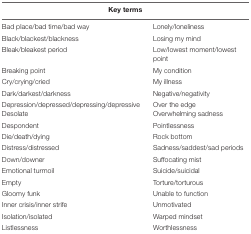
<table><thead><tr><td colspan="2"><b>Key terms</b></td></tr></thead><tbody><tr><td>Bad place/bad time/bad way</td><td>Lonely/loneliness</td></tr><tr><td>Black/blackest/blackness</td><td>Losing my mind</td></tr><tr><td>Bleak/bleakest period</td><td>Low/lowest moment/lowest point</td></tr><tr><td>Breaking point</td><td>My condition</td></tr><tr><td>Cry/crying/cried</td><td>My illness</td></tr><tr><td>Dark/darkest/darkness</td><td>Negative/negativity</td></tr><tr><td>Depression/depressed/depressing/depressive Desolate</td><td>Over the edge Overwhelming sadness</td></tr><tr><td>Despondent</td><td>Pointlessness</td></tr><tr><td>Die/death/dying</td><td>Rock bottom</td></tr><tr><td>Distress/distressed</td><td>Sadness/saddest/sad periods</td></tr><tr><td>Down/downer</td><td>Suffocating mist</td></tr><tr><td>Emotional turmoil</td><td>Suicide/suicidal</td></tr><tr><td>Empty</td><td>Torture/torturous</td></tr><tr><td>Gloomy funk</td><td>Unable to function</td></tr><tr><td>Inner crisis/inner strife</td><td>Unmotivated</td></tr><tr><td>Isolation/isolated</td><td>Warped mindset</td></tr><tr><td>Listlessness</td><td>Worthlessness</td></tr></tbody></table>